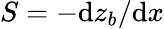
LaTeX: S=-\mathrm{d}z_{b}/\mathrm{d}x